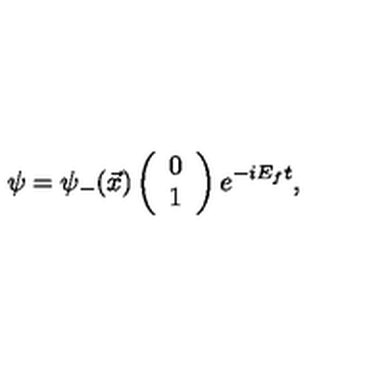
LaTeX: \psi = { \psi } _ { - } ( \vec { x } ) \left( \begin{array} { c } { 0 } \\ { 1 } \\ \end{array} \right) e ^ { - i E _ { f } t } ,